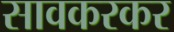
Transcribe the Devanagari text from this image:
सावकरकर